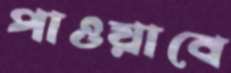
পাওয়াবে